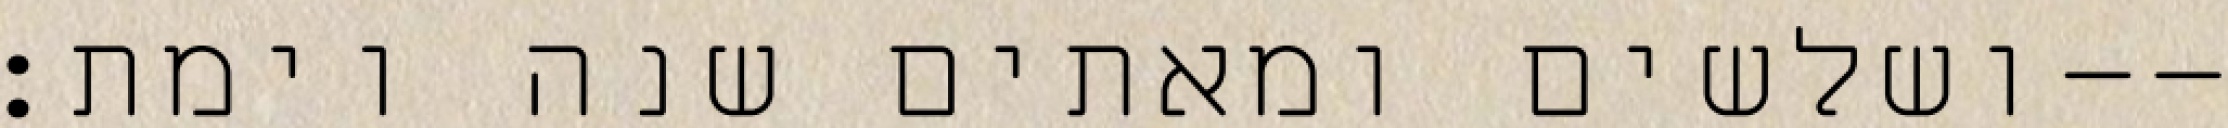
ושלשים ומאתים שנה וימת׃--